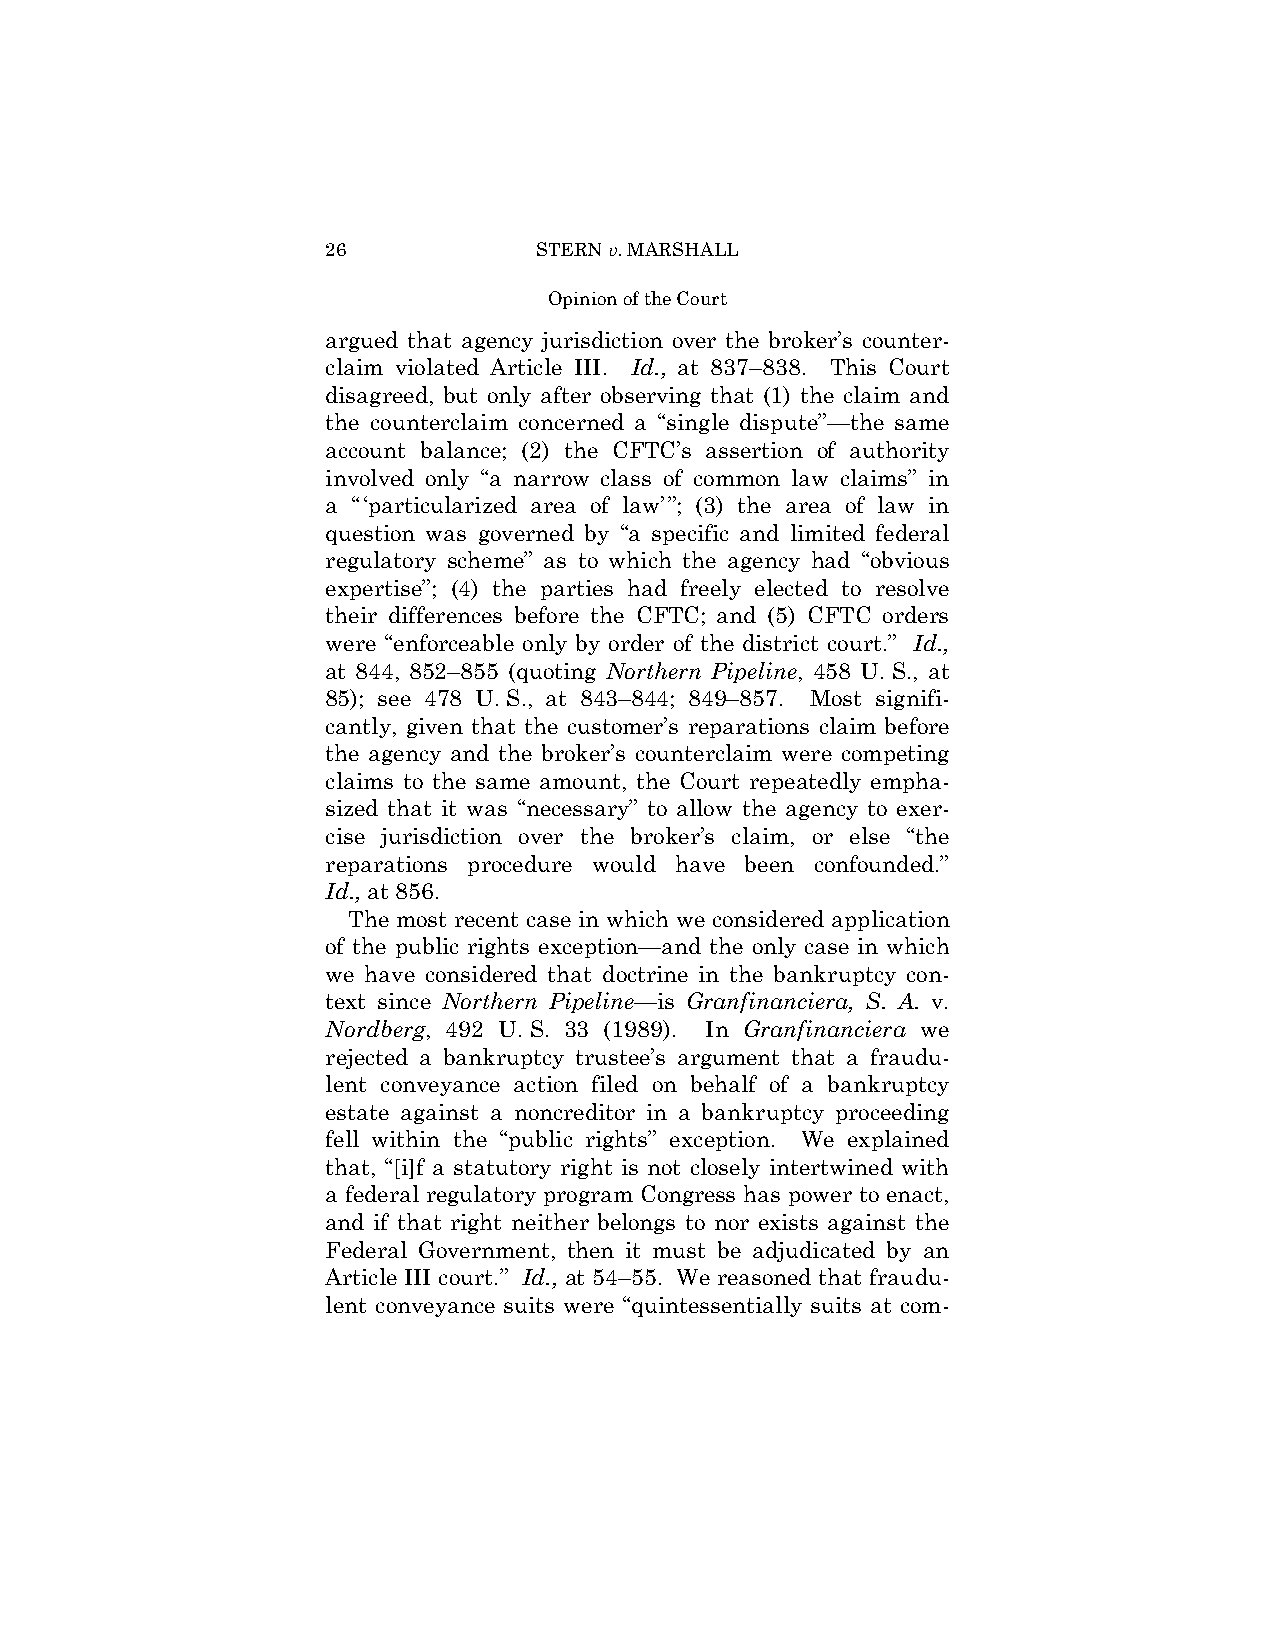
26            STERN v. MARSHALL
 Opinion of the Court
 argued that agency jurisdiction over the broker’s counter­
 claim violated Article III. Id., at 837–838. This Court
 disagreed, but only after observing that (1) the claim and
 the counterclaim concerned a “single dispute”—the same
 account balance; (2) the CFTC’s assertion of authority
 involved only “a narrow class of common law claims” in
 a “‘particularized area of law’”; (3) the area of law in
 question was governed by “a specific and limited federal
 regulatory scheme” as to which the agency had “obvious
 expertise”; (4) the parties had freely elected to resolve
 their differences before the CFTC; and (5) CFTC orders
 were “enforceable only by order of the district court.” Id.,
 at 844, 852–855 (quoting Northern Pipeline, 458 U. S., at
 85); see 478 U. S., at 843–844; 849–857. Most signifi­
 cantly, given that the customer’s reparations claim before
 the agency and the broker’s counterclaim were competing
 claims to the same amount, the Court repeatedly empha­
 sized that it was “necessary” to allow the agency to exer­
 cise jurisdiction over the broker’s claim, or else “the
 reparations procedure would have been confounded.”
 Id., at 856.
 The most recent case in which we considered application
 of the public rights exception—and the only case in which
 we have considered that doctrine in the bankruptcy con­
 text since Northern Pipeline—is Granfinanciera, S. A. v.
 Nordberg, 492 U. S. 33 (1989). In Granfinanciera we
 rejected a bankruptcy trustee’s argument that a fraudu­
 lent conveyance action filed on behalf of a bankruptcy
 estate against a noncreditor in a bankruptcy proceeding
 fell within the “public rights” exception. We explained
 that, “[i]f a statutory right is not closely intertwined with
 a federal regulatory program Congress has power to enact,
 and if that right neither belongs to nor exists against the
 Federal Government, then it must be adjudicated by an
 Article III court.” Id., at 54–55. We reasoned that fraudu­
 lent conveyance suits were “quintessentially suits at com­